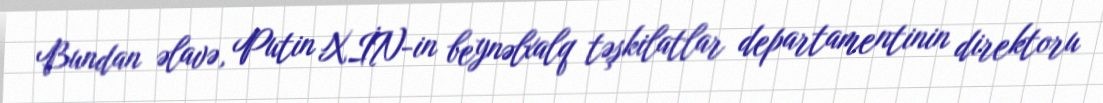
Bundan əlavə, Putin XİN-in beynəlxalq təşkilatlar departamentinin direktoru